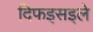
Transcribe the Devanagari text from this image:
दिफइसइले